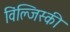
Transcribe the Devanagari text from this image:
विंल्जिस्की